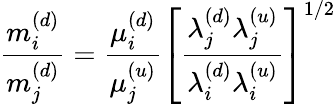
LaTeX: {\frac{m_{i}^{(d)}}{m_{j}^{(d)}}}={\frac{\mu_{i}^{(d)}}{\mu_{j}^{(u)}}}\left[{\frac{\lambda_{j}^{(d)}\lambda_{j}^{(u)}}{\lambda_{i}^{(d)}\lambda_{i}^{(u)}}}\right]^{1/2}